Vaccine operations Central Provinces 1868-1885 - 1868-1885
Year: 1868
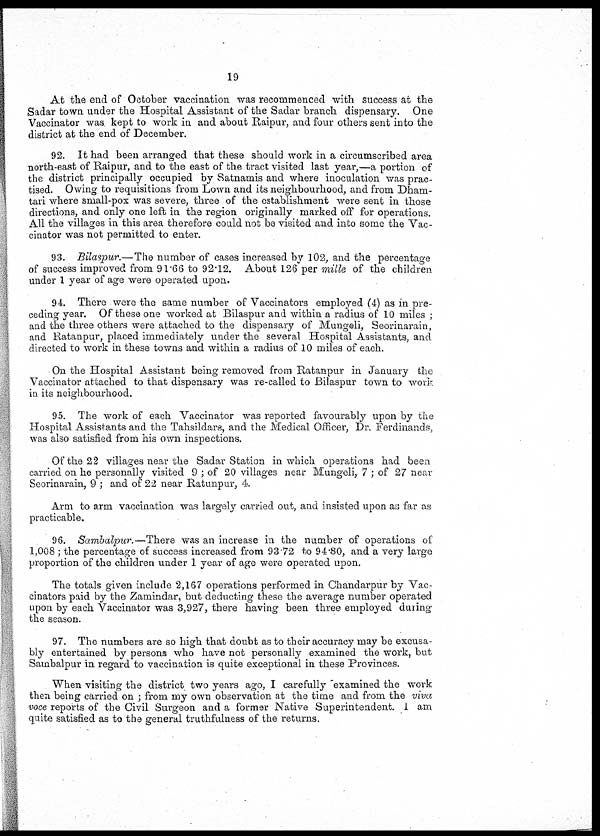
19
At the end of October vaccination was recommenced with success at the
Sadar town under the Hospital Assistant of the Sadar branch dispensary. One
Vaccinator was kept to work in and about Raipur, and four others sent into the
district at the end of December.
92. It had been arranged that these should work in a circumscribed area
north-east of Raipur, and to the east of the tract visited last year,—a portion of
the district principally occupied by Satnamis and where inoculation was prac-
tised. Owing to requisitions from Lown and its neighbourhood, and from Dham¬
tari where small-pox was severe, three of the establishment were sent in those
directions, and only one left in the region originally marked off for operations.
All the villages in this area therefore could not be visited and into some the Vac-
cinator was not permitted to enter.
93. Bilaspur.—The number of cases increased by 102, and the percentage
of success improved from 91.66 to 92.12. About 126 per mille of the children
under 1 year of age were operated upon.
94. There were the same number of Vaccinators employed (4) as in pre-
ceding year. Of these one worked at Bilaspur and within a radius of 10 miles ;
and the three others were attached to the dispensary of Mungeli, Seorinarain,
and Ratanpur, placed immediately under the several Hospital Assistants, and
directed to work in these towns and within a radius of 10 miles of each.
On the Hospital Assistant being removed from Ratanpur in January the
Vaccinator attached to that dispensary was re-called to Bilaspur town to work
in its neighbourhood.
95. The work of each Vaccinator was reported favourably upon by the
Hospital Assistants and the Tahsildars, and the Medical Officer, Dr. Ferdinands,
was also satisfied from his own inspections.
Of the 22 villages near the Sadar Station in which operations had been
carried on he personally visited 9 ; of 20 villages near Mungeli, 7 ; of 27 near
Seorinarain, 9 ; and of 22 near Ratunpur, 4.
Arm to arm vaccination was largely carried out, and insisted upon as far as
practicable.
96. Sambalpur.—There was an increase in the number of operations of
1,008 ; the percentage of success increased from 93.72 to 94.80, and a very large
proportion of the children under 1 year of age were operated upon.
The totals given include 2,167 operations performed in Chandarpur by Vac-
cinators paid by the Zamindar, but deducting these the average number operated
upon by each Vaccinator was 3,927, there having been three employed during
the season.
97. The numbers are so high that doubt as to their accuracy may be excusa-
bly entertained by persons who have not personally examined the work, but
Sambalpur in regard to vaccination is quite exceptional in these Provinces.
When visiting the district two years ago, I carefully examined the work
then being carried on ; from my own observation at the time and from the viva
voce reports of the Civil Surgeon and a former Native Superintendent. I am
quite satisfied as to the general truthfulness of the returns.